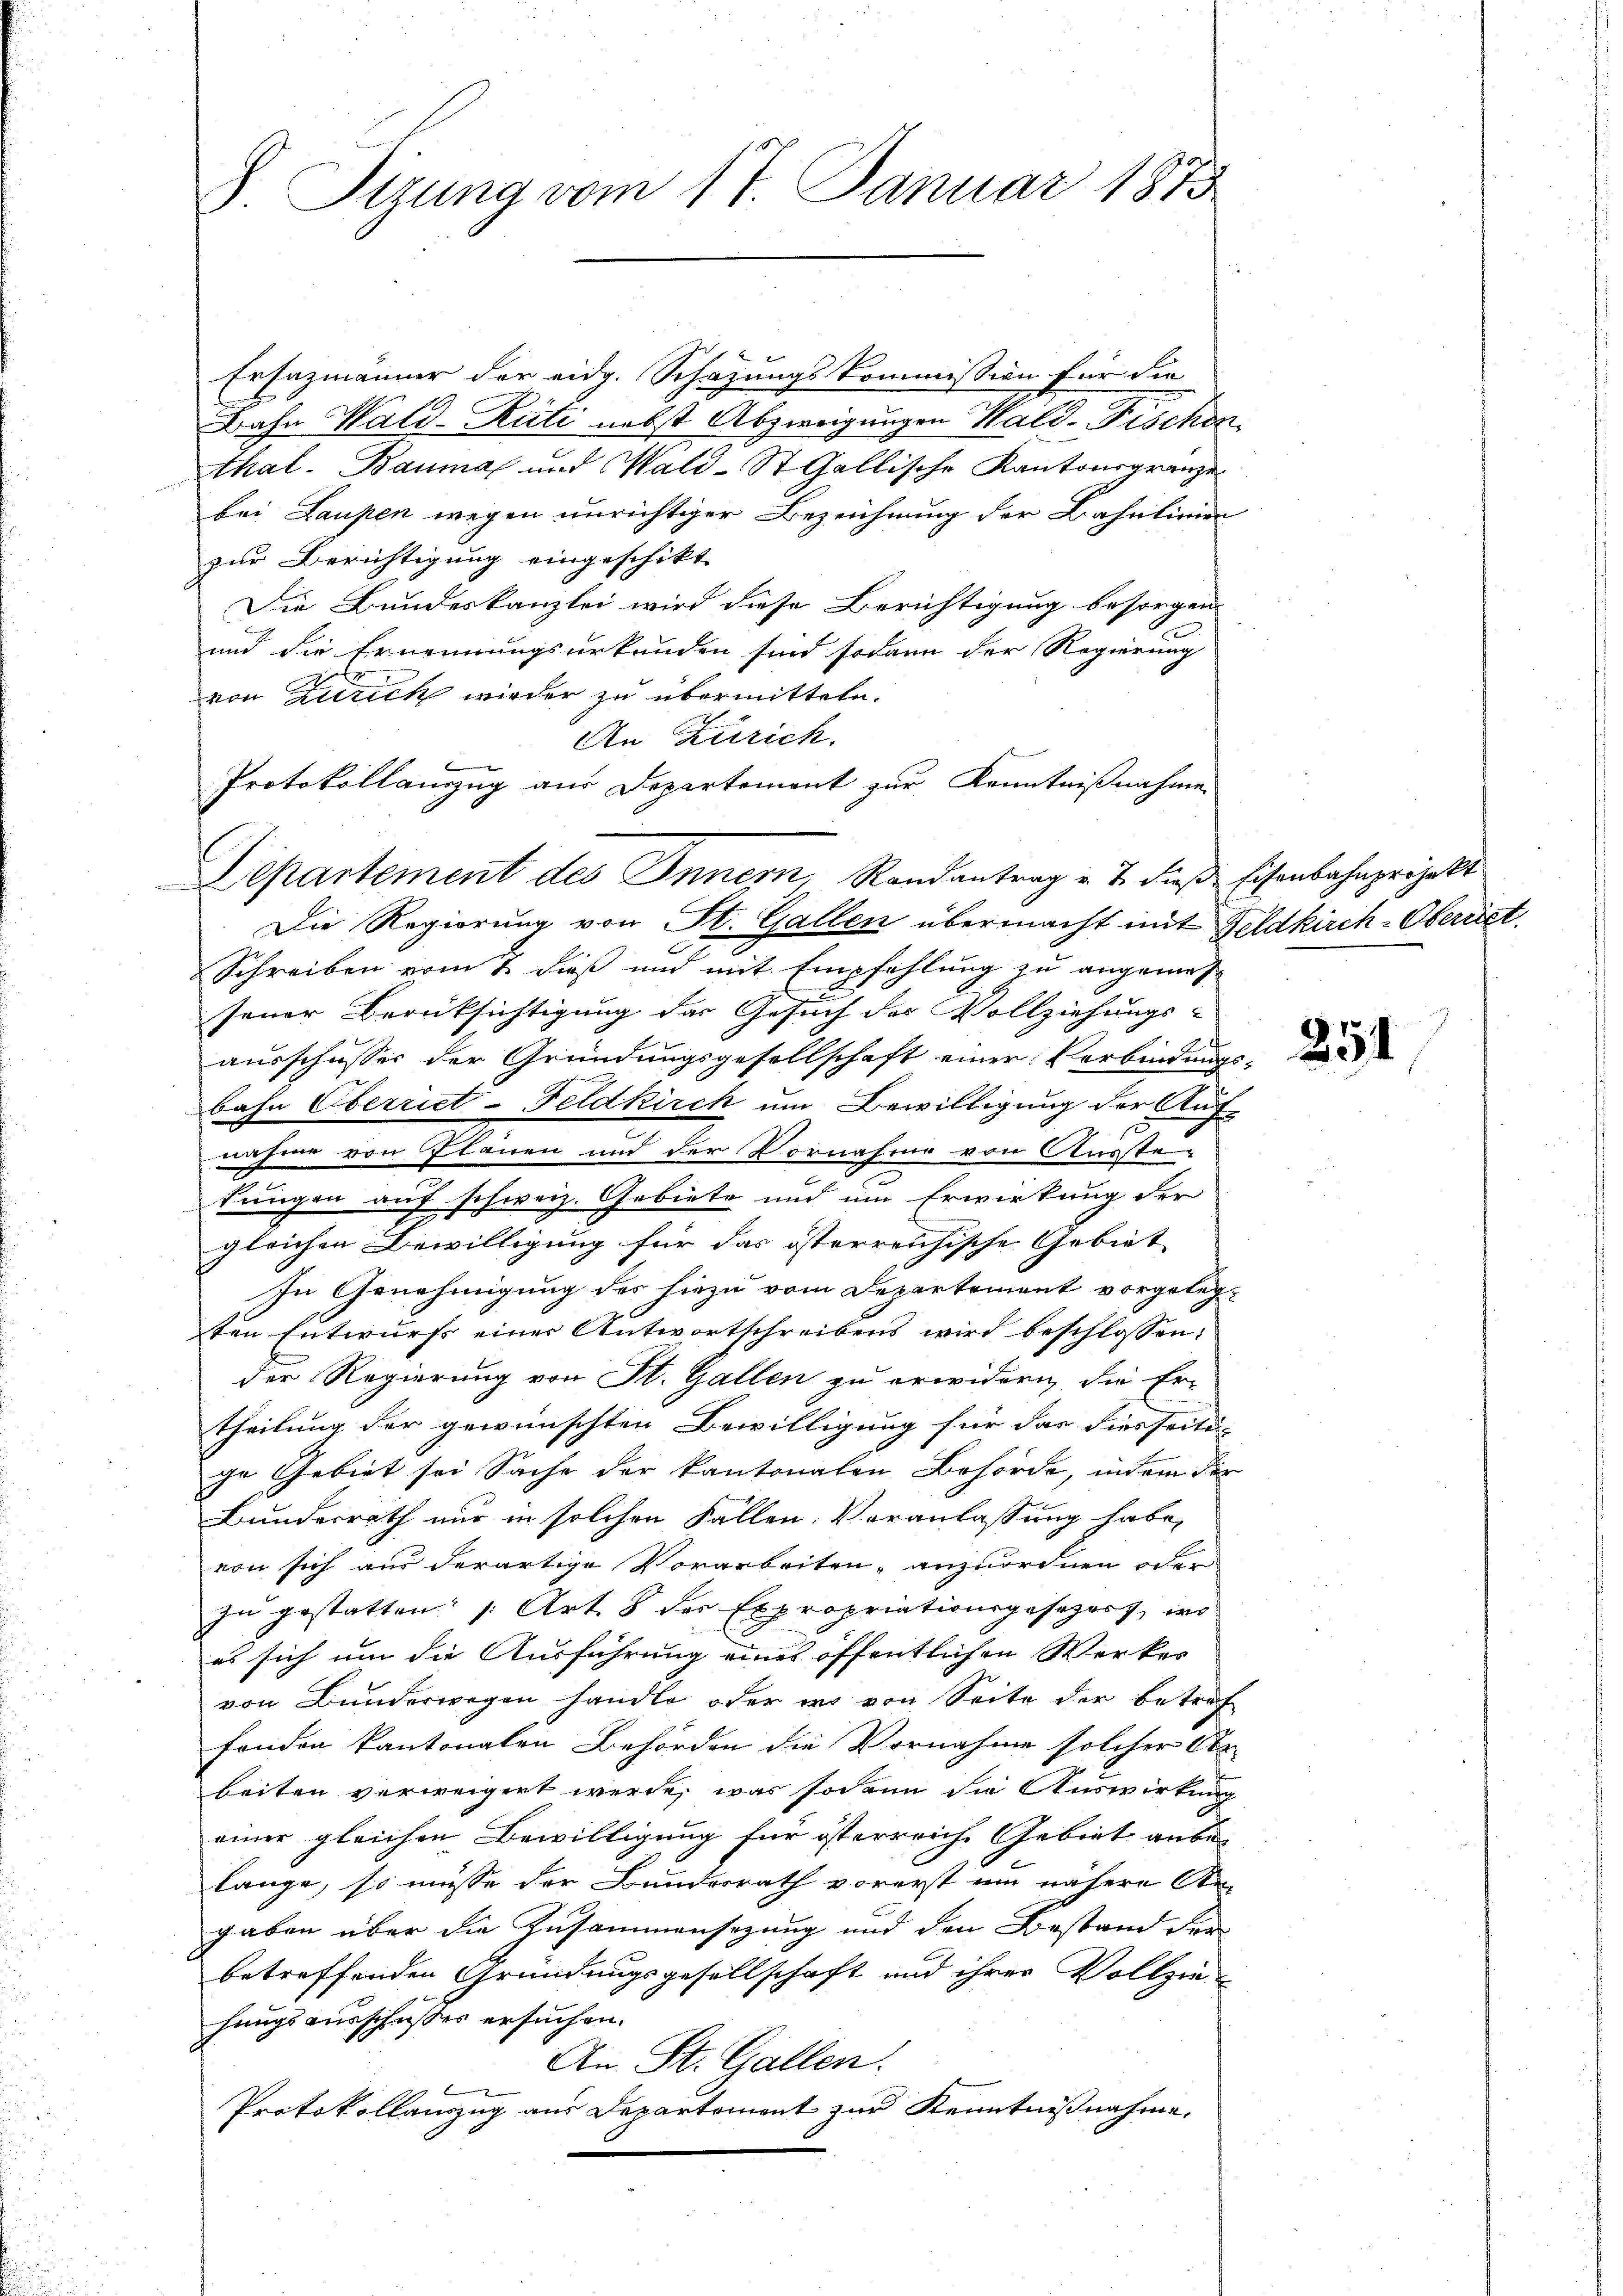
8 Sizung vom 17. Januar 1873

Ersazmänner der eidg. Schazungskommission für die
Bahn Wald-Rüti nebst Abzweigungen Wald-Fischen
thal. Bauma und Wald-St. Gallische Kantonsgrenze
bei Laupen wegen unrichtiger Bezeichnung der Bahnlinien
zur Berichtigung eingeschikt.
Die Bundeskanzlei wird diese Berichtigung besorgen |
und die Ernennungsurkunden sind sodann der Regierung
von Zürich wieder zu übermitteln.
An Zürich.
Protokollanzug aus Departement zur Kenntnißnahmen
Die Regierung von St. Gallen übermacht mit Feldkirch-Oberriet
Schreiben vom 2 dieß und mit Empfehlung zu angemesjener Berüksichtigung der Gesuch des Vollziehungs-
ausschusser der Gründungsgesellschaft einer Verbindungs-
bahn Oberriet- Feldkirch um Bewilligung der Auf-
nahme von Plänen und der Vornahme von Ausste
kungen auf schweiz. Gebiete und um Erwirkung der
gleichen Bewilligung für das österreichische Gebiet
In Genehmigung des hiezu vom Departement vorgelegten Entwurfs einer Antwortschreibens wird beschlossen:
der Regierung von St. Gallen zu erwidern, die Er-
theilung der gewünschten Bewilligung für das diesseiti-
ge Gebiet sei Sache der kantonaten Behörde, indem der
Bundesrath nur in solchen Fällen Veranlassung habe,
von sich aus derartige Vorarbeiten, anzuordnen oder
zu gestatten: 1. Art. 8 der Expropriationsgesezess, wo
es sich um die Ausführung eines öffentlichen Werker
von Bunderwegen handle, oder wo von Seite der betref
fonden kantonalen Behörden die Vornahme solcher Obr
beiten verweigert werde, was sodann die Auswirkung
einer gleichen Bewilligung für österreiche Gebiet anbelange, so müsse der Bundesrath vorerst um nähere An-
gaben über die Zusammensezung und den Bestand der
betreffenden Gründungsgesellschaft und ihrer Vollziehungsausschußes ersuchen.
An St. Gallen.
Protokollauszug aus Departement zur Kenntnißnahme.

Departement des Innern, Randantrag u. 7. dieβ Eisenbahnprojekt

354